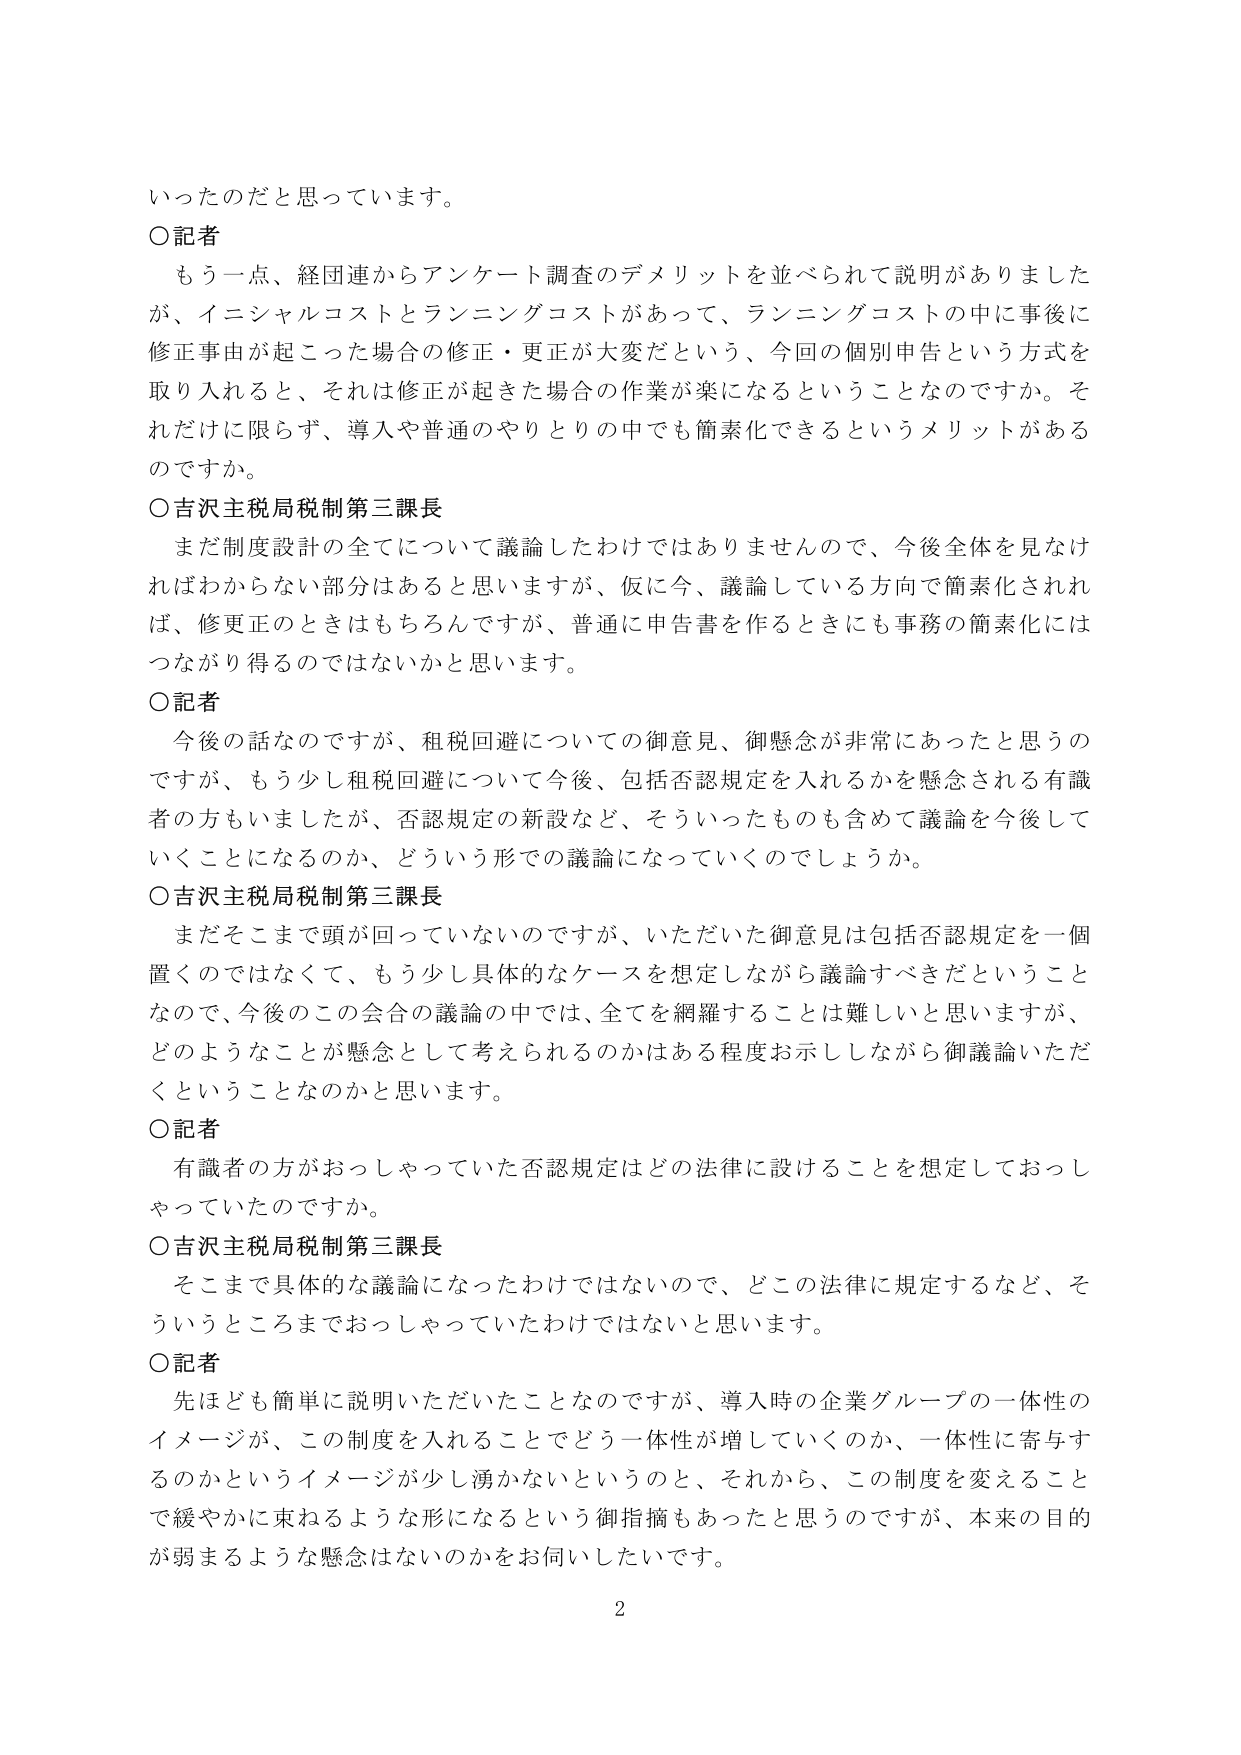
いったのだと思っています。

○記者
もう一点、経団連からアンケート調査のデメリットを並べられて説明がありました
が、イニシャルコストとランニングコストがあって、ランニングコストの中に事後に
修正事由が起こった場合の修正・更正が大変だという、今回の個別申告という方式を
取り入れると、それは修正が起きた場合の作業が楽になるということなのですか。そ
れだけに限らず、導入や普通のやりとりの中でも簡素化できるというメリットがある
のですか。

○吉沢主税局税制第三課長
まだ制度設計の全てについて議論したわけではありませんので、今後全体を見なけ
ればわからない部分はあると思いますが、仮に今、議論している方向で簡素化されれ
ば、修更正のときはもちろんですが、普通に申告書を作るときにも事務の簡素化には
つながり得るのではないかと思います。

○記者
今後の話なのですが、租税回避についての御意見、御懸念が非常にあったと思うの
ですが、もう少し租税回避について今後、包括否認規定を入れるかを懸念される有識
者の方もいましたが、否認規定の新設など、そういったものも含めて議論を今後して
いくことになるのか、どういう形での議論になっていくのでしょうか。

○吉沢主税局税制第三課長
まだそこまで頭が回っていないのですが、いただいた御意見は包括否認規定を一個
置くのではなくて、もう少し具体的なケースを想定しながら議論すべきだということ
なので、今後のこの会合の議論の中では、全てを網羅することは難しいと思いますが、
どのようなことが懸念として考えられるのかはある程度お示ししながら御議論いただ
くということなのかと思います。

○記者
有識者の方がおっしゃっていた否認規定はどの法律に設けることを想定しておっし
ゃっていたのですか。

○吉沢主税局税制第三課長
そこまで具体的な議論になったわけではないので、どこの法律に規定するなど、そ
ういうところまでおっしゃっていたわけではないと思います。

○記者
先ほども簡単に説明いただいたことなのですが、導入時の企業グループの一体性の
イメージが、この制度を入れることでどう一体性が増していくのか、一体性に寄与す
るのかというイメージが少し湧かないというのと、それから、この制度を変えること
で緩やかに束ねるような形になるという御指摘もあったと思うのですが、本来の目的
が弱まるような懸念はないのかをお伺いしたいです。

2